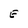
Character: E